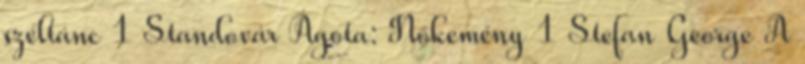
széltánc 1 Standovár Ágota: Nőkemény 1 Stefan George A